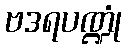
ဗဒရပဏ္ဍုံ